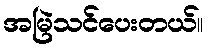
အမြဲသင်ပေးတယ်။